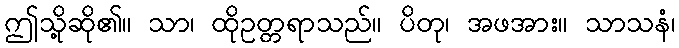
ဤသို့ဆို၏။ သာ၊ ထိုဥတ္တရာသည်။ ပိတု၊ အဖအား။ သာသနံ၊